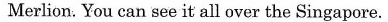
Merlion. You can see it all over the Singapore.